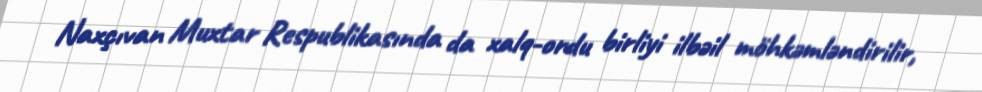
Naxçıvan Muxtar Respublikasında da xalq-ordu birliyi ilbəil möhkəmləndirilir,